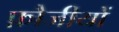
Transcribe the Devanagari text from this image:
फ़ौजीयों